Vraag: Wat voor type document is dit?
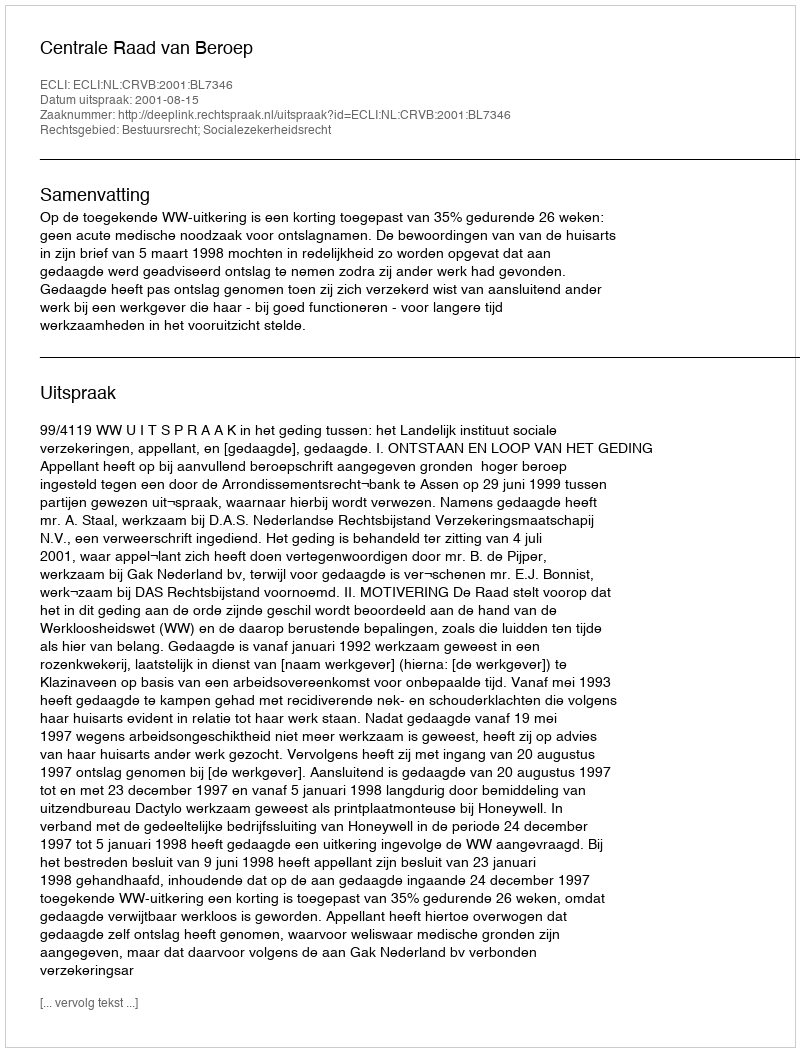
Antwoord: Uitspraak